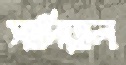
সাদিয়াল